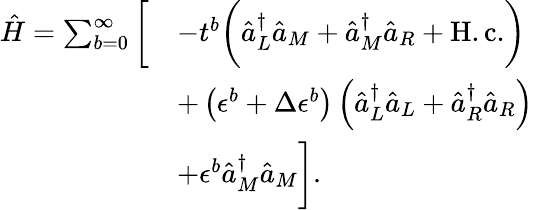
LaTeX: \begin{array}{rl}{\hat{H}=\sum_{b=0}^{\infty}\bigg[}&{-t^{b}\bigg(\hat{a}_{L}^{\dagger}\hat{a}_{M}+\hat{a}_{M}^{\dagger}\hat{a}_{R}+\mathrm{H.c.}\bigg)}\\ &{+\left(\epsilon^{b}+\Delta\epsilon^{b}\right)\left(\hat{a}_{L}^{\dagger}\hat{a}_{L}+\hat{a}_{R}^{\dagger}\hat{a}_{R}\right)}\\ &{+\epsilon^{b}\hat{a}_{M}^{\dagger}\hat{a}_{M}\bigg].}\end{array}